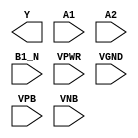
/**
 * Copyright 2020 The SkyWater PDK Authors
 *
 * Licensed under the Apache License, Version 2.0 (the "License");
 * you may not use this file except in compliance with the License.
 * You may obtain a copy of the License at
 *
 *     https://www.apache.org/licenses/LICENSE-2.0
 *
 * Unless required by applicable law or agreed to in writing, software
 * distributed under the License is distributed on an "AS IS" BASIS,
 * WITHOUT WARRANTIES OR CONDITIONS OF ANY KIND, either express or implied.
 * See the License for the specific language governing permissions and
 * limitations under the License.
 *
 * SPDX-License-Identifier: Apache-2.0
 */

`ifndef SKY130_FD_SC_HDLL__O21BAI_PP_BLACKBOX_V
`define SKY130_FD_SC_HDLL__O21BAI_PP_BLACKBOX_V

/**
 * o21bai: 2-input OR into first input of 2-input NAND, 2nd iput
 *         inverted.
 *
 *         Y = !((A1 | A2) & !B1_N)
 *
 * Verilog stub definition (black box with power pins).
 *
 * WARNING: This file is autogenerated, do not modify directly!
 */

`timescale 1ns / 1ps
`default_nettype none

(* blackbox *)
module sky130_fd_sc_hdll__o21bai (
    Y   ,
    A1  ,
    A2  ,
    B1_N,
    VPWR,
    VGND,
    VPB ,
    VNB
);

    output Y   ;
    input  A1  ;
    input  A2  ;
    input  B1_N;
    input  VPWR;
    input  VGND;
    input  VPB ;
    input  VNB ;
endmodule

`default_nettype wire
`endif  // SKY130_FD_SC_HDLL__O21BAI_PP_BLACKBOX_V